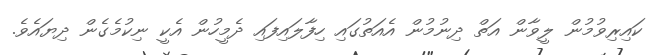
ކައިރިވުމުން ލީވާން އަތް ދިނުމުން އެއަތުގައި ހިފާލައިފައި ދެމީހުން އެކީ ނިކުމެގެން ދިޔައެވެ.